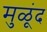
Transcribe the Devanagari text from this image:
मुळूंद